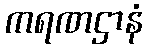
ကရဏဌာနံ